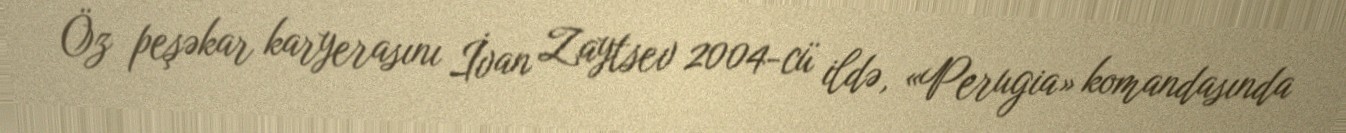
Öz peşəkar karyerasını İvan Zaytsev 2004-cü ildə, «Perugia» komandasında